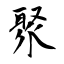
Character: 聚